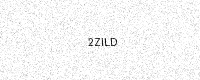
Text: 2ZILD